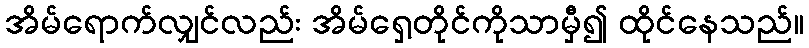
အိမ်ရောက်လျှင်လည်း အိမ်ရှေ့တိုင်ကိုသာမှီ၍ ထိုင်နေသည်။